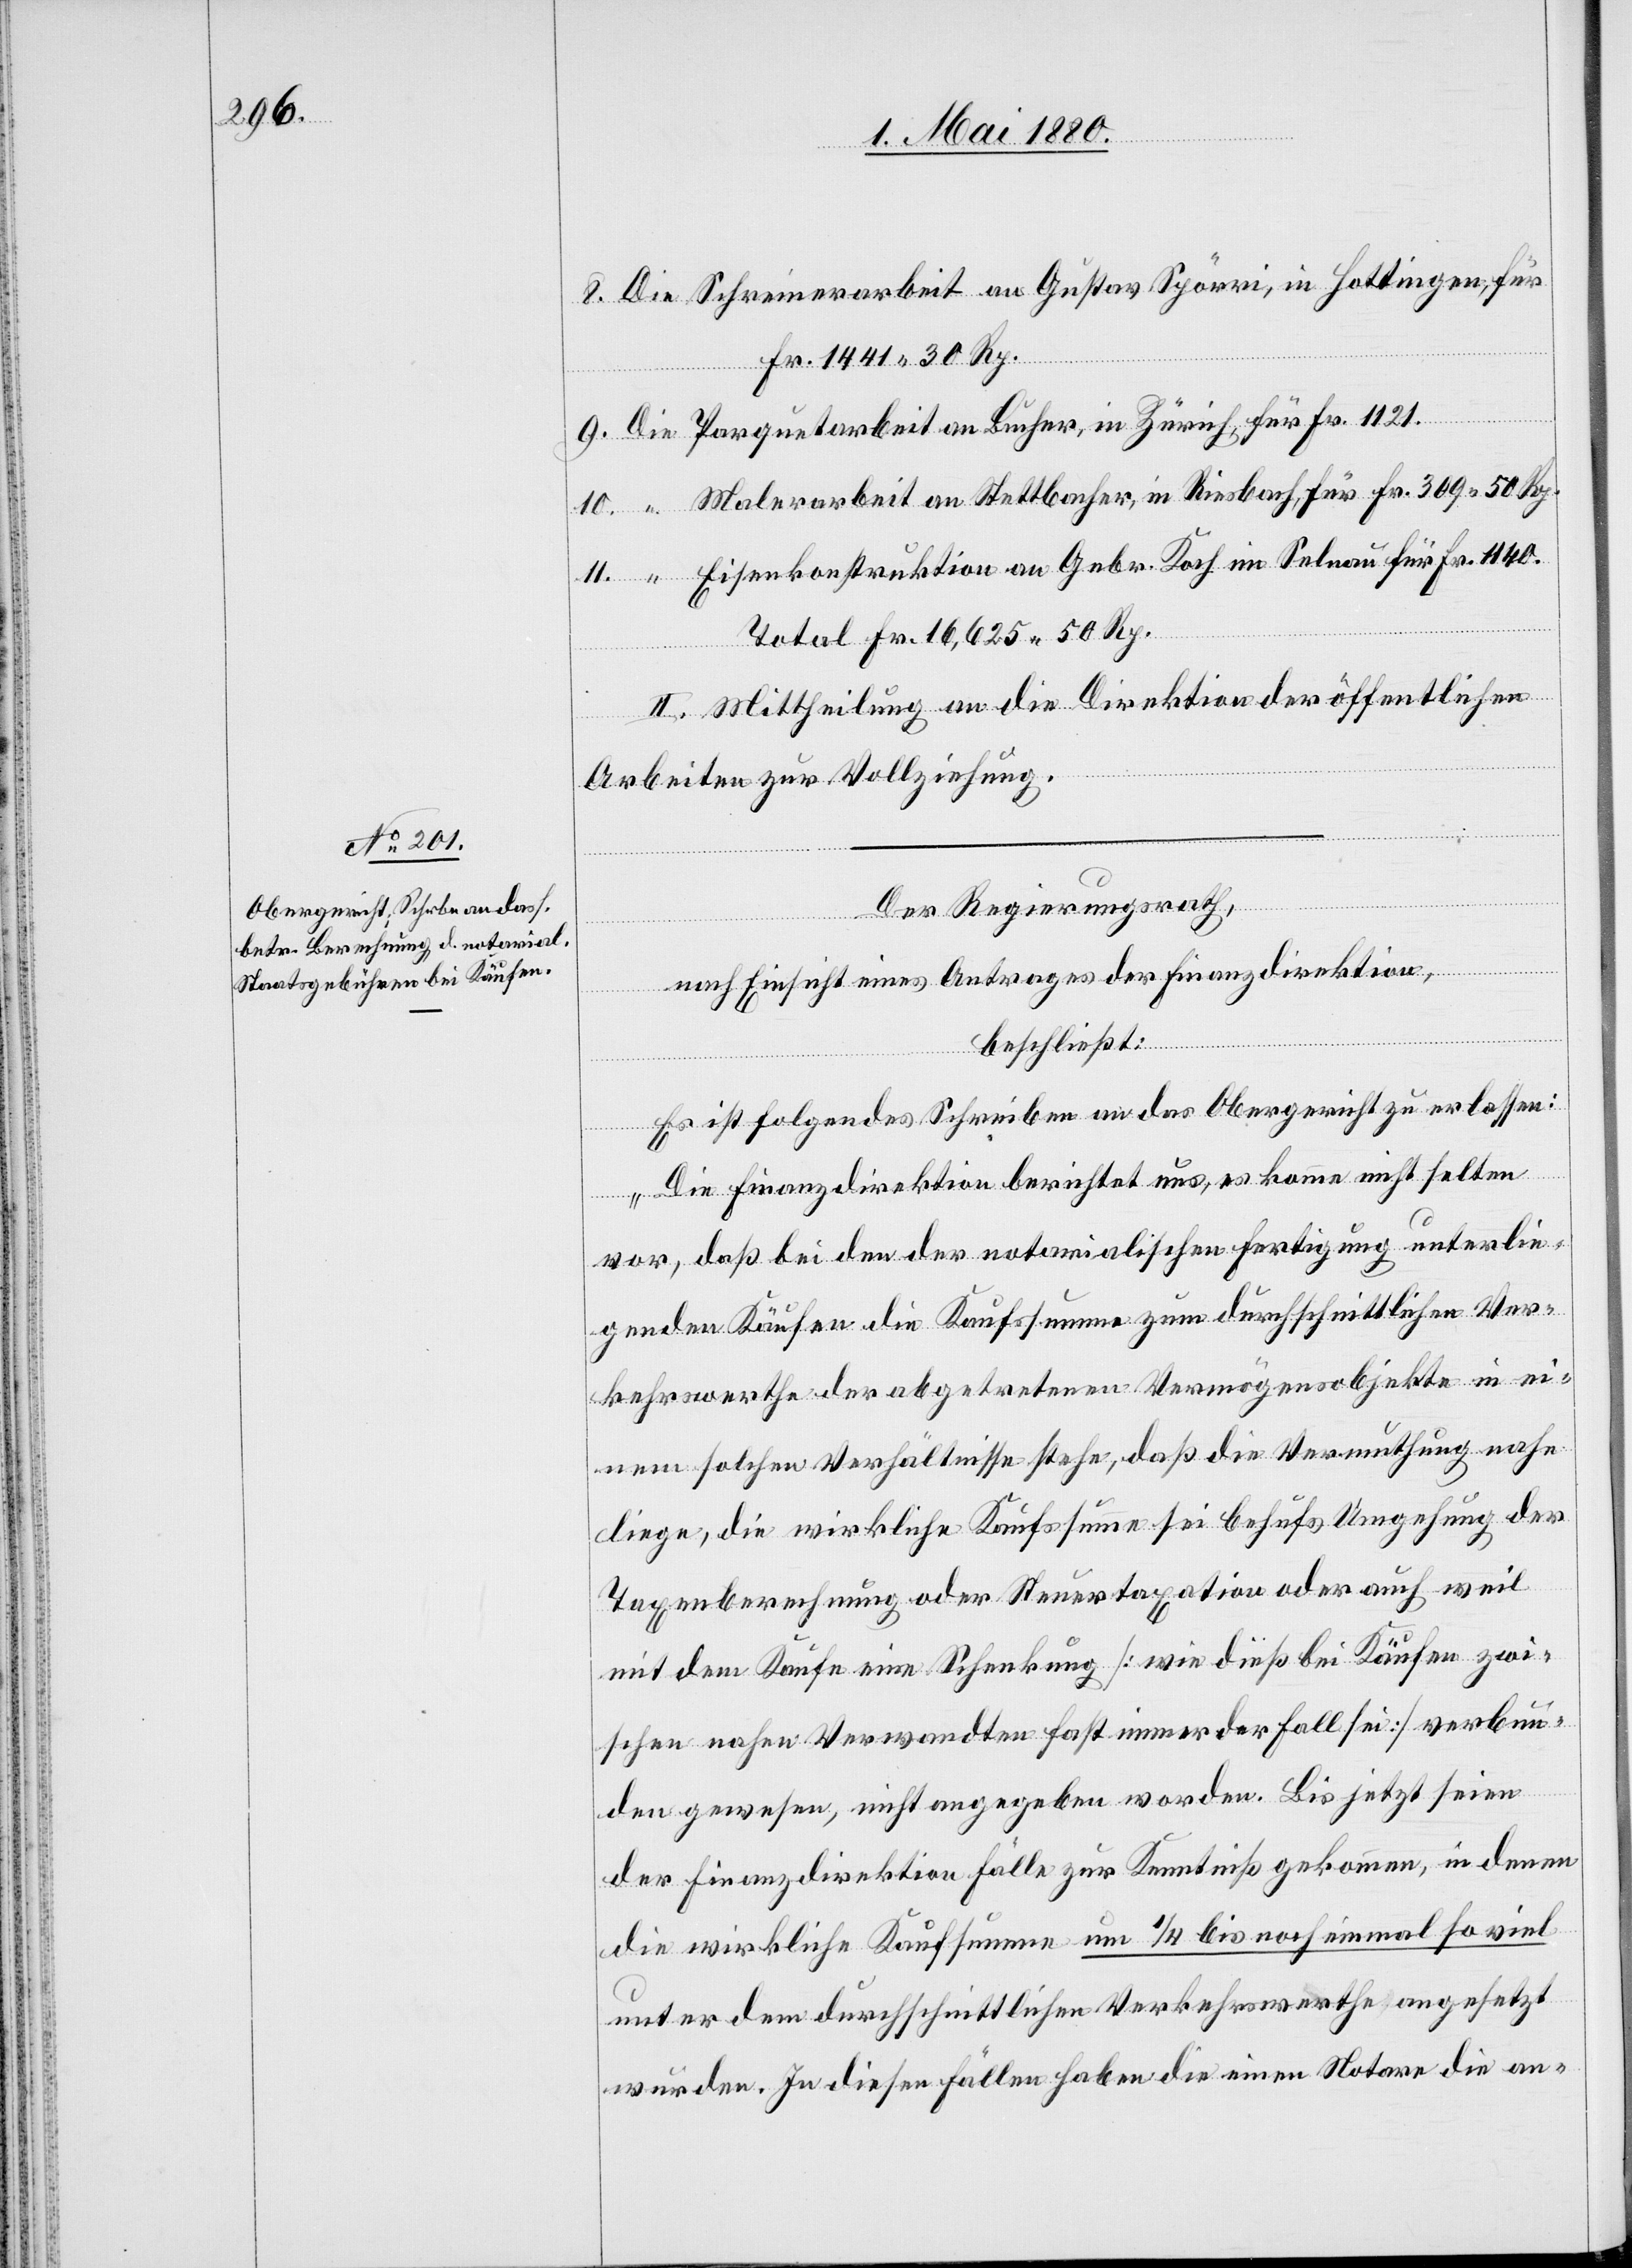
8. Die Schreinerarbeit an Gustav Spörri, in Hottingen, für
Fr. 1441. 30 Rp.
9. Die Parquetarbeit an Bucher, in Zürich, für Fr. 1121.
10. ” Malerarbeit an Stettbacher, in Riesbach, für Fr. 309. 50 Rp.
11. ” Eisenkonstruktion an Gebr. Koch im Selnau für Fr. 1140.
Total Fr. 16,625. 50 Rp.
II. Mittheilung an die Direktion der öffentlichen
Arbeiten zur Vollziehung.
Der Regierungsrath,
nach Einsicht eines Antrages der Finanzdirektion,
beschließt:
Es ist folgendes Schreiben an das Obergericht zu erlassen:
„Die Finanzdirektion berichtet uns, es käme nicht selten
vor, daß bei den der notarialischen Fertigung unterlie¬
genden Käufen die Kaufssumme zum durchschnittlichen Ver¬
kehrswerthe der abgetretenen Vermögensobjekte in ei¬
nem solchen Verhältnisse stehe, daß die Vermuthung nahe
liege, die wirkliche Kaufssumme sei behufs Umgehung der
Taxenberechnung oder Steuertaxation oder auch weil
mit dem Kaufe eine Schenkung [wie dieß bei Käufen zwi¬
schen nahen Verwandten fast immer der Fall sei] verbun¬
den gewesen, nicht angegeben worden. Bis jetzt seien
der Finanzdirektion Fälle zur Kenntniß gekommen, in denen
die wirkliche Kaufsumme um 1/4 bis noch einmal so viel
unter dem durchschnittlichen Verkehrswerthe angesetzt
wurden. In diesen Fällen haben die einen Notare die an-